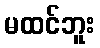
မထင်ဘူး